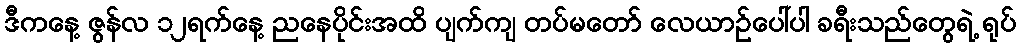
ဒီကနေ့ ဇွန်လ ၁၂ရက်နေ့ ညနေပိုင်းအထိ ပျက်ကျ တပ်မတော် လေယာဉ်ပေါ်ပါ ခရီးသည်တွေရဲ့ ရုပ်